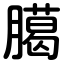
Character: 臈